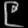
Digit: ၉